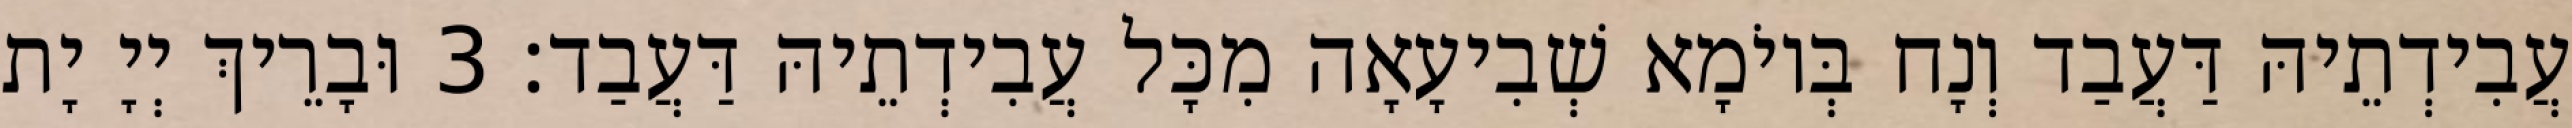
עֲבִידְתֵיהּ דַּעֲבַד וְנָח בְּיוֹמָא שְׁבִיעָאָה מִכָּל עֲבִידְתֵיהּ דַּעֲבַד׃ 3 וּבָרֵיךְ יְיָ יָת